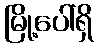
မြို့ပေါ်ရှိ